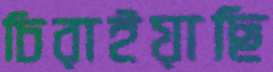
চিরাইয়াছি